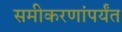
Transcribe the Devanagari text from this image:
समीकरणांपर्यंत